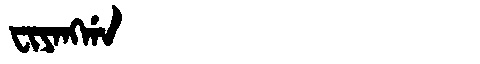
Manchu: ᠸᡳᠶᠠᠩᡤᠠ
Romanization: FIYANGGA